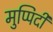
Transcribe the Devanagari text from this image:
मुप्पिदी